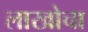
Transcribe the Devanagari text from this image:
लाखोचा